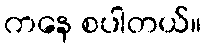
ကနေ စပါတယ်။